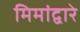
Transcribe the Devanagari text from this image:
मिमांद्वारे